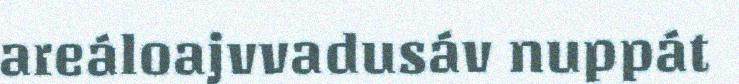
areáloajvvadusáv nuppát